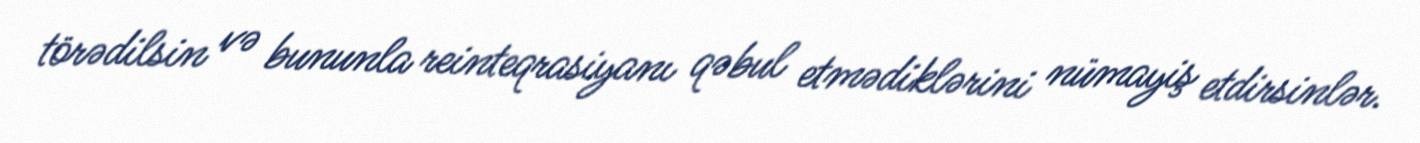
törədilsin və bununla reinteqrasiyanı qəbul etmədiklərini nümayiş etdirsinlər.